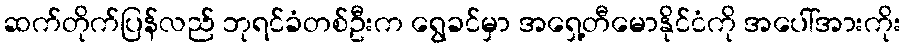
ဆက်တိုက်ပြန်လည် ဘုရင်ခံတစ်ဦးက ရွေခင်မှာ အရှေ့တီမောနိုင်ငံကို အပေါ်အားကိုး